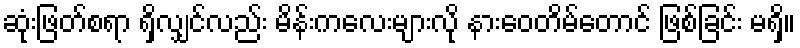
ဆုံးဖြတ်စရာ ရှိလျှင်လည်း မိန်းကလေးများလို နားဝေတိမ်တောင် ဖြစ်ခြင်း မရှိ။